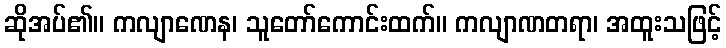
ဆိုအပ်၏။ ကလျာဏေန၊ သူတော်ကောင်းထက်။ ကလျာဏတရာ၊ အထူးသဖြင့်